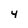
Character: Y